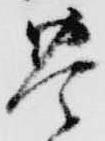
豊